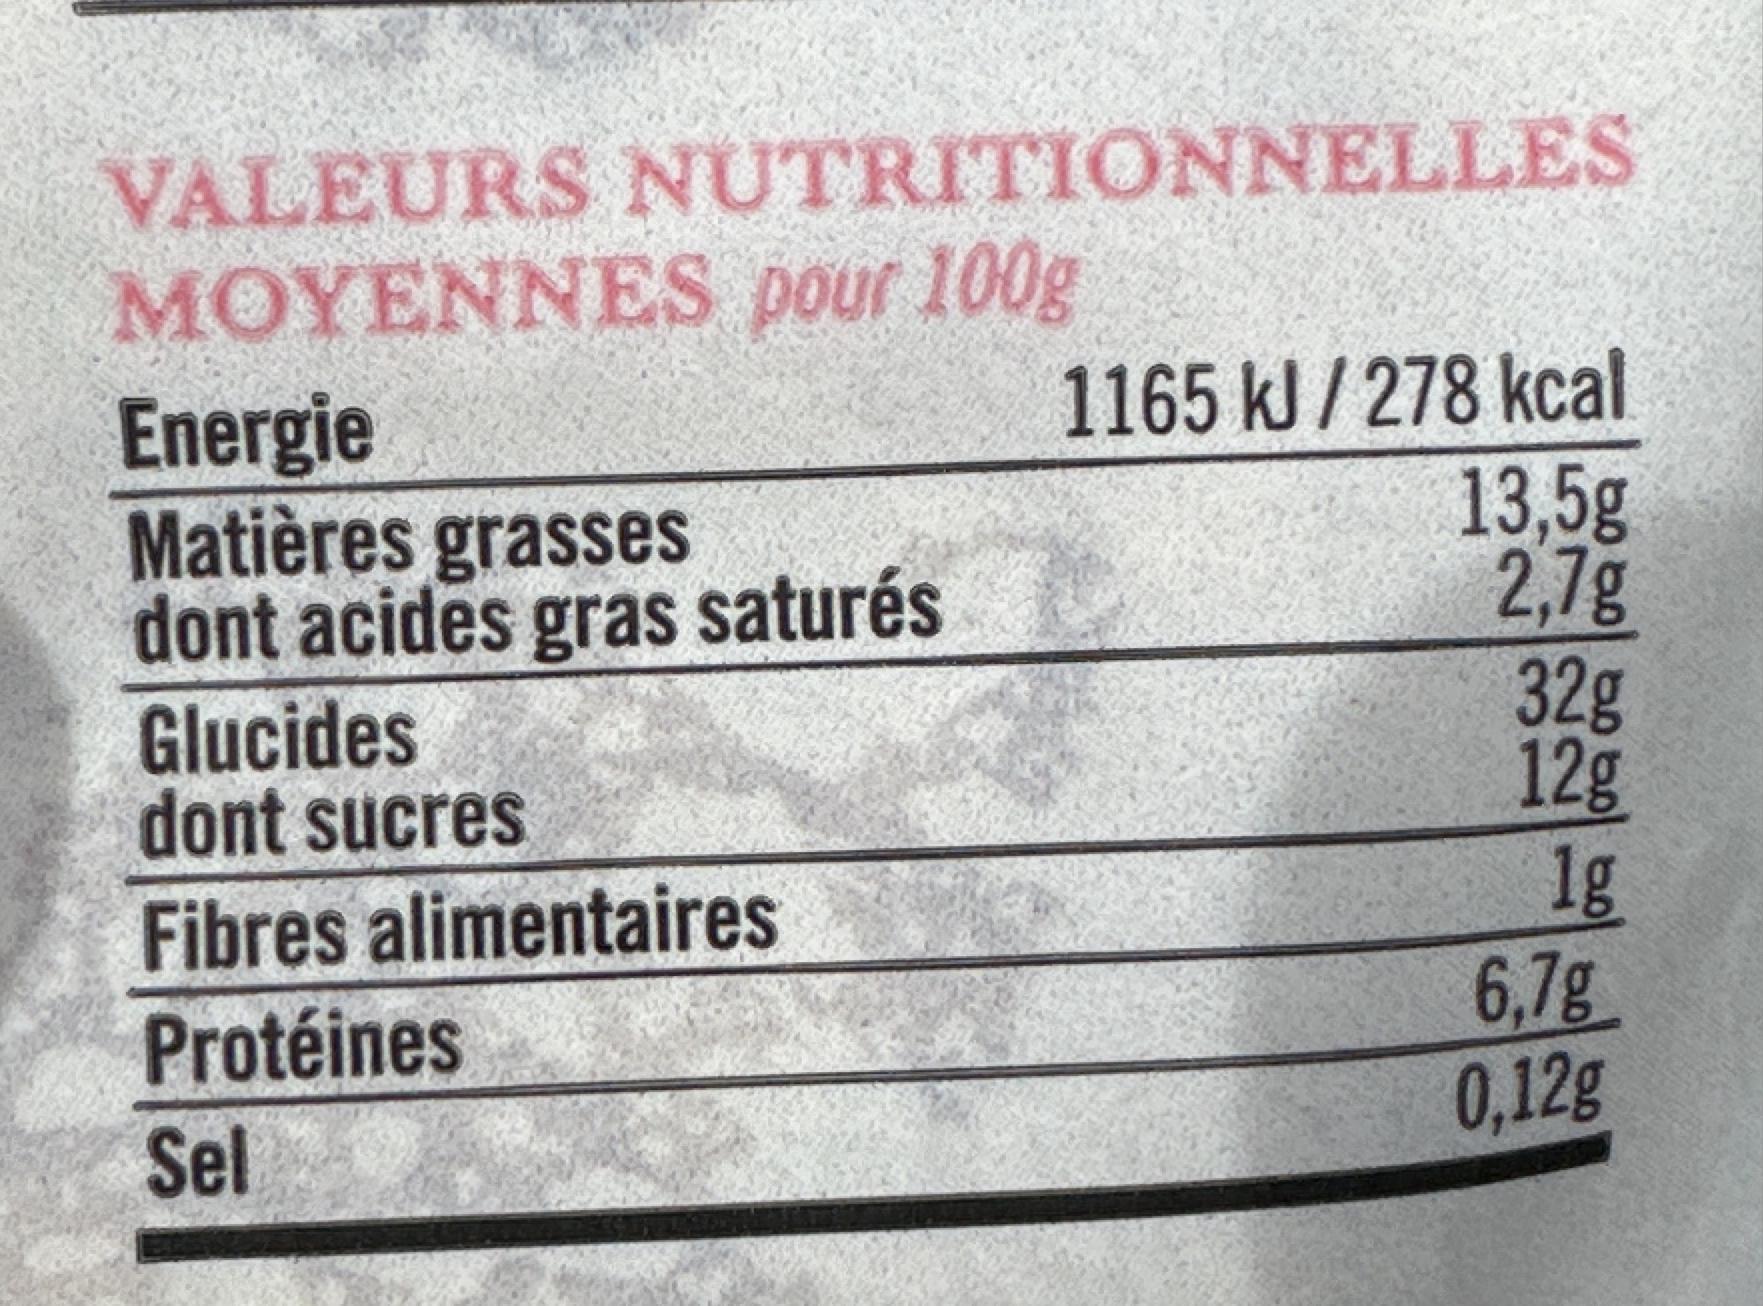
VALEURS NUTRITIONNELLES MOYENNES pour 100g
Energie
Matières grasses dont acides gras saturés
Glucides
dont sucres
Fibres alimentaires
Protéines
Sel
1165 kJ/278 kcal
13,5g
2,7g
32g
12g
1g
6,7g
0,12g